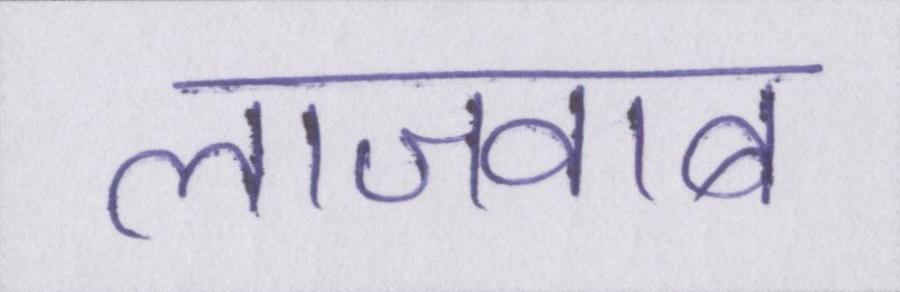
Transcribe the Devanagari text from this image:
लाजवाब